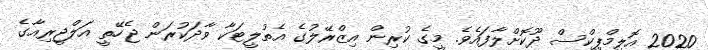
2020 އޮލިމްޕިކްސް ދޫކޮށްލާފައެވެ. މީގެ ކުރިން އިޒްރޭލުގެ އެތުލީޓަކާ ވާދަކުރަން ޖެހޭތީ އަލްޖީރިއާގެ